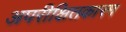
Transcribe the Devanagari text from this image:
अपरीक्षितकारम